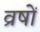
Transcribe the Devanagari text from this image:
व्रषों